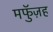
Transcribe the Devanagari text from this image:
मफुॅज़ह